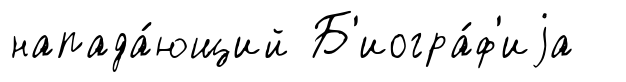
напада́ющий Б'иогра́ф'иjа